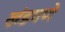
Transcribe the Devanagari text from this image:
खंडपणे